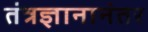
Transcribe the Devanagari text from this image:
तंत्रज्ञानानंतर